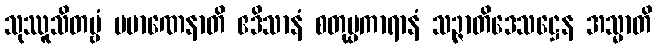
သုဿူသိတဗ္ဗံ ပမာဏေနာတိ ဧဒိသာနံ စတုပ္ပကာရာနံ သဉ္ဇာတိဒေသဋ္ဌေန အသ္မာတိ